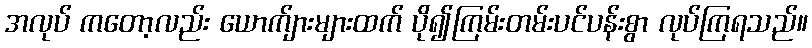
အလုပ် ကတော့လည်း ယောက်ျားများထက် ပို၍ကြမ်းတမ်းပင်ပန်းစွာ လုပ်ကြရသည်။